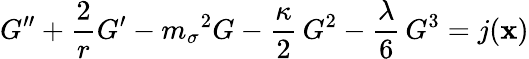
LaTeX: G^{\prime\prime}+{\frac{2}{r}}G^{\prime}-{m_{\sigma}}^{2}G-{\frac{\kappa}{2}}\, {G^{2}}-{\frac{\lambda}{6}}\, {G^{3}}=j({\mathbf x})